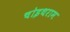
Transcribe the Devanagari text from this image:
चोइथराम